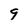
Character: 9